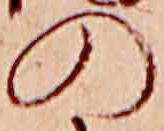
の